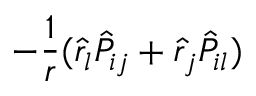
- \frac { 1 } { r } ( \hat { r } _ { l } \hat { P } _ { i j } + \hat { r } _ { j } \hat { P } _ { i l } )